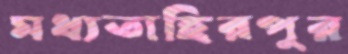
মধ্যতাহিরপুর